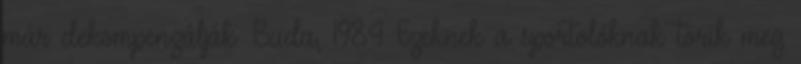
már dekompenzálják. Buda, 1984 Ezeknek a sportolóknak törik meg